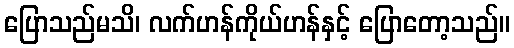
ပြောသည်မသိ၊ လက်ဟန်ကိုယ်ဟန်နှင့် ပြောတော့သည်။